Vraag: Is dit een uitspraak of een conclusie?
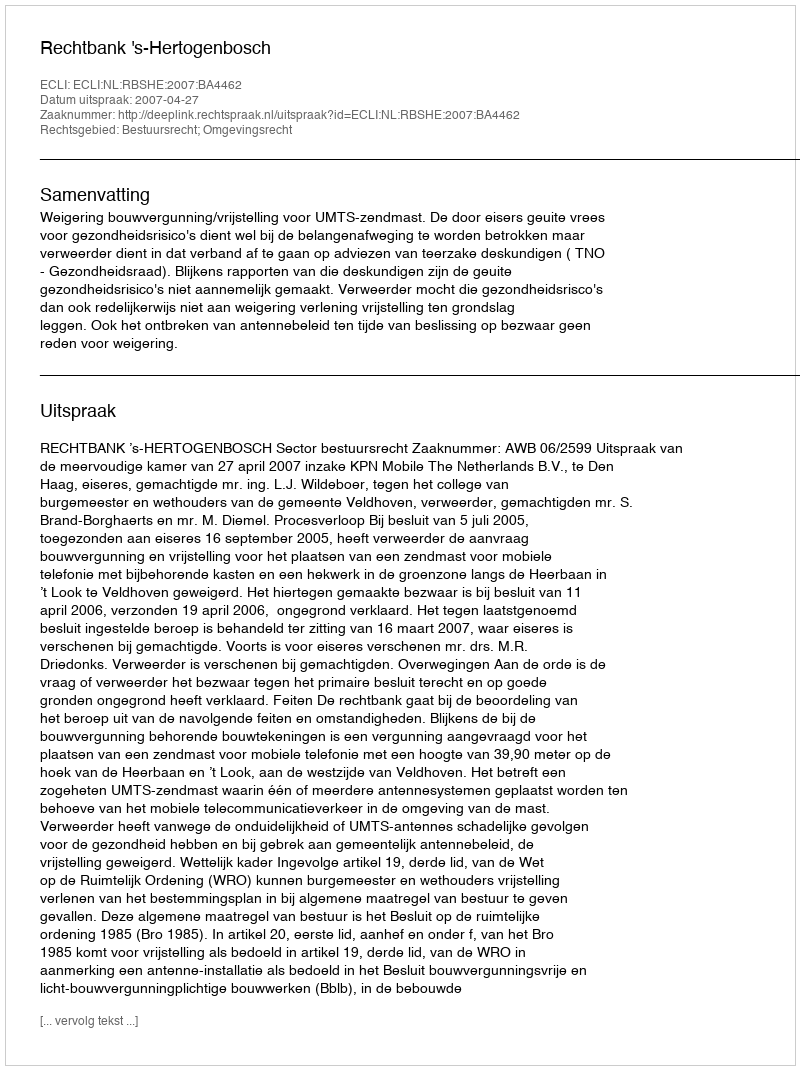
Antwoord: Uitspraak